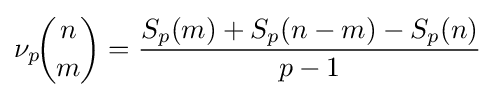
\nu _{p}\!{\binom {n}{m}}={\dfrac {S_{p}(m)+S_{p}(n-m)-S_{p}(n)}{p-1}}